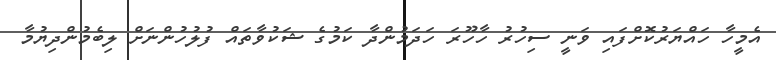
އެމީހާ ހައްޔަރުކޮށްފައި ވަނީ ސިހުރު ހާހޫރަ ހަދަމުންދާ ކަމުގެ ޝަކުވާތައް ފުލުހުންނަށް ލިބެމުންދިޔުމާ